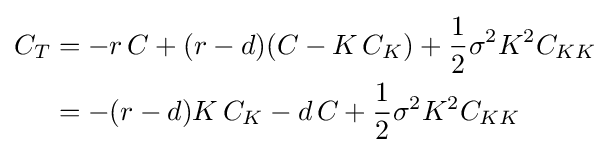
{\begin{aligned}C_{T}&=-r\,C+(r-d)(C-K\,C_{K})+{\frac {1}{2}}\sigma ^{2}K^{2}C_{KK}\\&=-(r-d)K\,C_{K}-d\,C+{\frac {1}{2}}\sigma ^{2}K^{2}C_{KK}\end{aligned}}